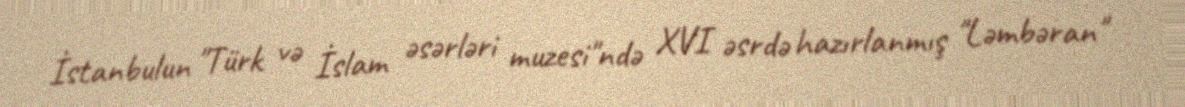
İstanbulun "Türk və İslam əsərləri muzesi"ndə XVI əsrdə hazırlanmış "Ləmbəran"